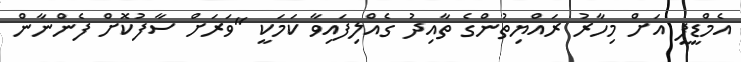
އެމްޑީޕީ އަށް މިހާރު ރައްޔިތުންގެ ތާއިދު ގެއްލިފައިވާ ކަމަކީ "ވަރަށް ސާފުކޮށް ފެންނާން